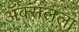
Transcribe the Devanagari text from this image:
ॲक्सलला